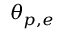
\theta _ { p , e }